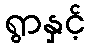
ရွာနှင့်